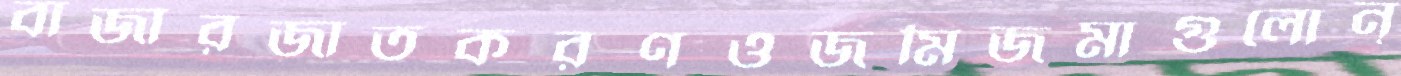
বাজারজাতকরণওজমিজমাগুলোন্